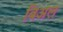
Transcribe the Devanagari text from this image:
बिअल